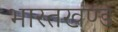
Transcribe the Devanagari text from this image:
भारतखण्ड